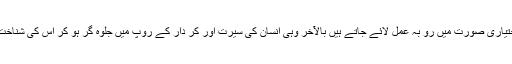
ان کا خیال تھا کہ وہ تمام عادات و افعال جو آغاز کار کے وقت شعوری اور اختیاری صورت میں رو بہ عمل لائے جاتے ہیں بالآخر وہی انسان کی سیرت اور کر دار کے روپ میں جلوہ گر ہو کر اس کی شناخت کا وسیلہ بن جاتے ہیں سیرت کو وہ کر دار کے باطنی پہلو کا نام دیتے تھے۔